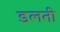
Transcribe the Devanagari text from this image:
डलती